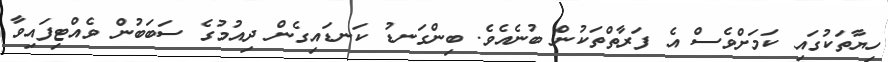
ހިޔާތަކުގައި ކަމަށްވެސް އެ ފަރާތްތަކުން ބުނެއެވެ. ބިންގަނޑު ކަނޑައިގެން ދިއުމުގެ ސަބަބުން ވެއްޓިފައިވާ